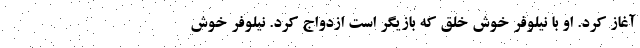
آغاز کرد. او با نیلوفر خوش خلق که بازیگر است ازدواج کرد. نیلوفر خوش